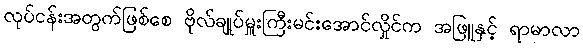
လုပ်ငန်းအတွက်ဖြစ်စေ ဗိုလ်ချုပ်မှူးကြီးမင်းအောင်လှိုင်က အဖြူနှင့် ရာမာလာ